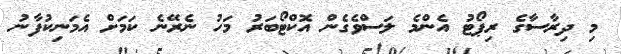
މި ދިރާސާގެ ރިޕޯޓު އެންމެ ލަސްވެގެން އޮކްޓޯބަރު މަހު ނެރޭނެ ކަަމަށް އެމަނިކުފާނު